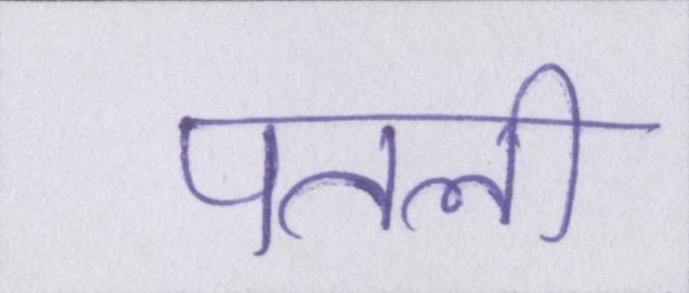
पतली